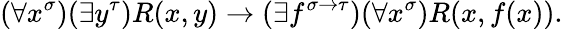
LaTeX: (\forall x^{\sigma})(\exists y^{\tau})R(x,y)\to(\exists f^{\sigma\to\tau})(\forall x^{\sigma})R(x,f(x)).